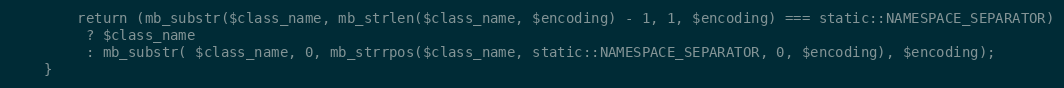
Language: PHP
		return (mb_substr($class_name, mb_strlen($class_name, $encoding) - 1, 1, $encoding) === static::NAMESPACE_SEPARATOR)
		 ? $class_name
		 : mb_substr( $class_name, 0, mb_strrpos($class_name, static::NAMESPACE_SEPARATOR, 0, $encoding), $encoding);
	}